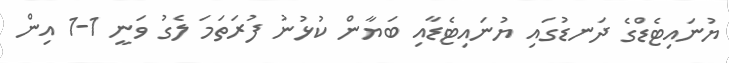
ޔުނައިޓެޑްގެ ދަނޑުގައި ޔުނައިޓެޑާއި ބަޔާން ކުޅުނު ފުރަތަމަ ލެގު ވަނީ 1-1 އިން